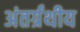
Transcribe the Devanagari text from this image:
अंतर्ग्रंथीय